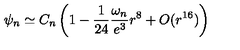
\psi _ { n } \simeq C _ { n } \left( 1 - \frac { 1 } { 2 4 } \frac { \omega _ { n } } { e ^ { 3 } } r ^ { 8 } + O ( r ^ { 1 6 } ) \right)